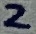
Text: 2